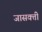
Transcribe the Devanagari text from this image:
जासक्ती